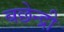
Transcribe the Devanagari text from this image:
बछेन्द्री